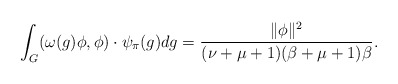
\begin{align*}\int_G(\omega(g)\phi,\phi) \cdot \psi_{\pi}(g)dg=\frac{\|\phi\|^2}{(\nu+\mu+1)(\beta+\mu+1)\beta}.\end{align*}